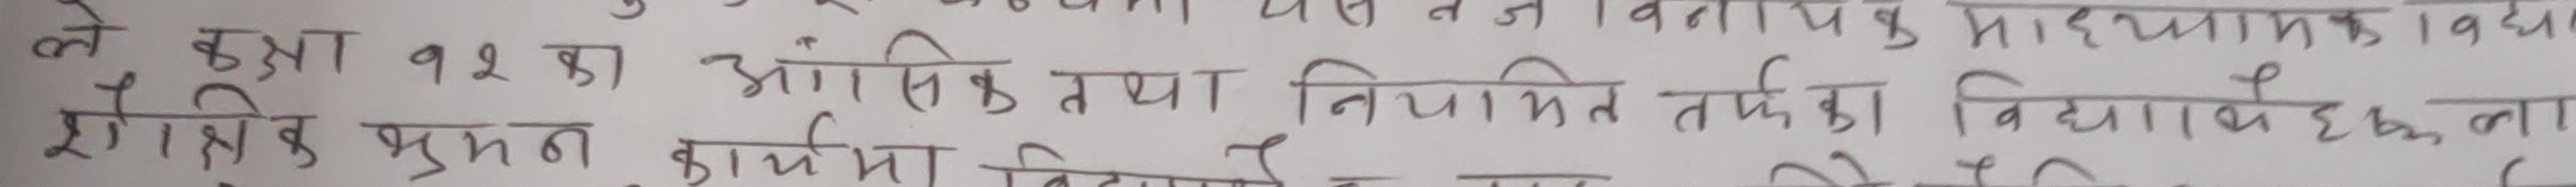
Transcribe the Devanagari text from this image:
ले हुआ १२ का आंशिक तथा नियमित वर्ष का विद्यावेक ना
शौषिक भ्रमण कार्यो विद्यापीठाच्या